Indian journal of veterinary science and animal husbandry - Volume 6,
Year: 1936
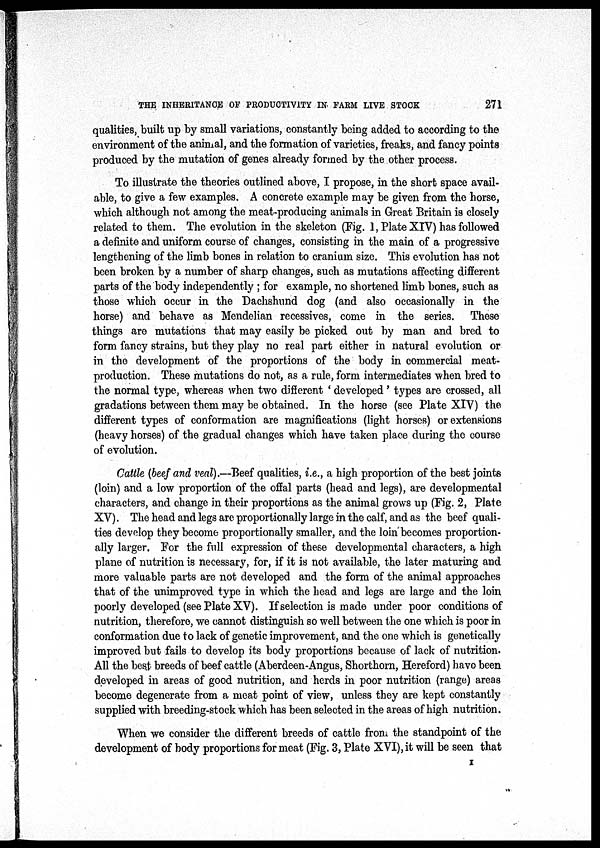
THE INHERITANCE OF PRODUCTIVITY IN FARM LIVE STOCK
271
qualities, built up by small variations, constantly being added to according to the
environment of the animal, and the formation of varieties, freaks, and fancy points
produced by the mutation of genes already formed by the other process.
To illustrate the theories outlined above, I propose, in the short space avail-
able, to give a few examples. A concrete example may be given from the horse,
which although not among the meat-producing animals in Great Britain is closely
related to them. The evolution in the skeleton (Fig. 1, Plate XIV) has followed
a definite and uniform course of changes, consisting in the main of a progressive
lengthening of the limb bones in relation to cranium size. This evolution has not
been broken by a number of sharp changes, such as mutations affecting different
parts of the body independently ; for example, no shortened limb bones, such as
those which occur in the Dachshund dog (and also occasionally in the
horse) and behave as Mendelian recessives, come in the series. These
things are mutations that may easily be picked out by man and bred to
form fancy strains, but they play no real part either in natural evolution or
in the development of the proportions of the body in commercial meat-
production. These mutations do not, as a rule, form intermediates when bred to
the normal type, whereas when two different ' developed' types are crossed, all
gradations between them may be obtained. In the horse (see Plate XIV) the
different types of conformation are magnifications (light horses) or extensions
(heavy horses) of the gradual changes which have taken place during the course
of evolution.
Cattle (beef and veal).—Beef qualities, i.e., a high proportion of the best joints
(loin) and a low proportion of the offal parts (head and legs), are developmental
characters, and change in their proportions as the animal grows up (Fig. 2, Plate
XV). The head and legs are proportionally large in the calf, and as the beef quali-
ties develop they become proportionally smaller, and the loin becomes proportion-
ally larger. For the full expression of these developmental characters, a high
plane of nutrition is necessary, for, if it is not available, the later maturing and
more valuable parts are not developed and the form of the animal approaches
that of the unimproved type in which the head and legs are large and the loin
poorly developed (see Plate XV). If selection is made under poor conditions of
nutrition, therefore, we cannot distinguish so well between the one which is poor in
conformation due to lack of genetic improvement, and the one which is genetically
improved but fails to develop its body proportions because of lack of nutrition.
All the best breeds of beef cattle (Aberdeen-Angus, Shorthorn, Hereford) have been
developed in areas of good nutrition, and herds in poor nutrition (range) areas
become degenerate from a meat point of view, unless they are kept constantly
supplied with breeding-stock which has been selected in the areas of high nutrition.
When we consider the different breeds of cattle from the standpoint of the
development of body proportions for meat (Fig. 3, Plate XVI), it will be seen that
I